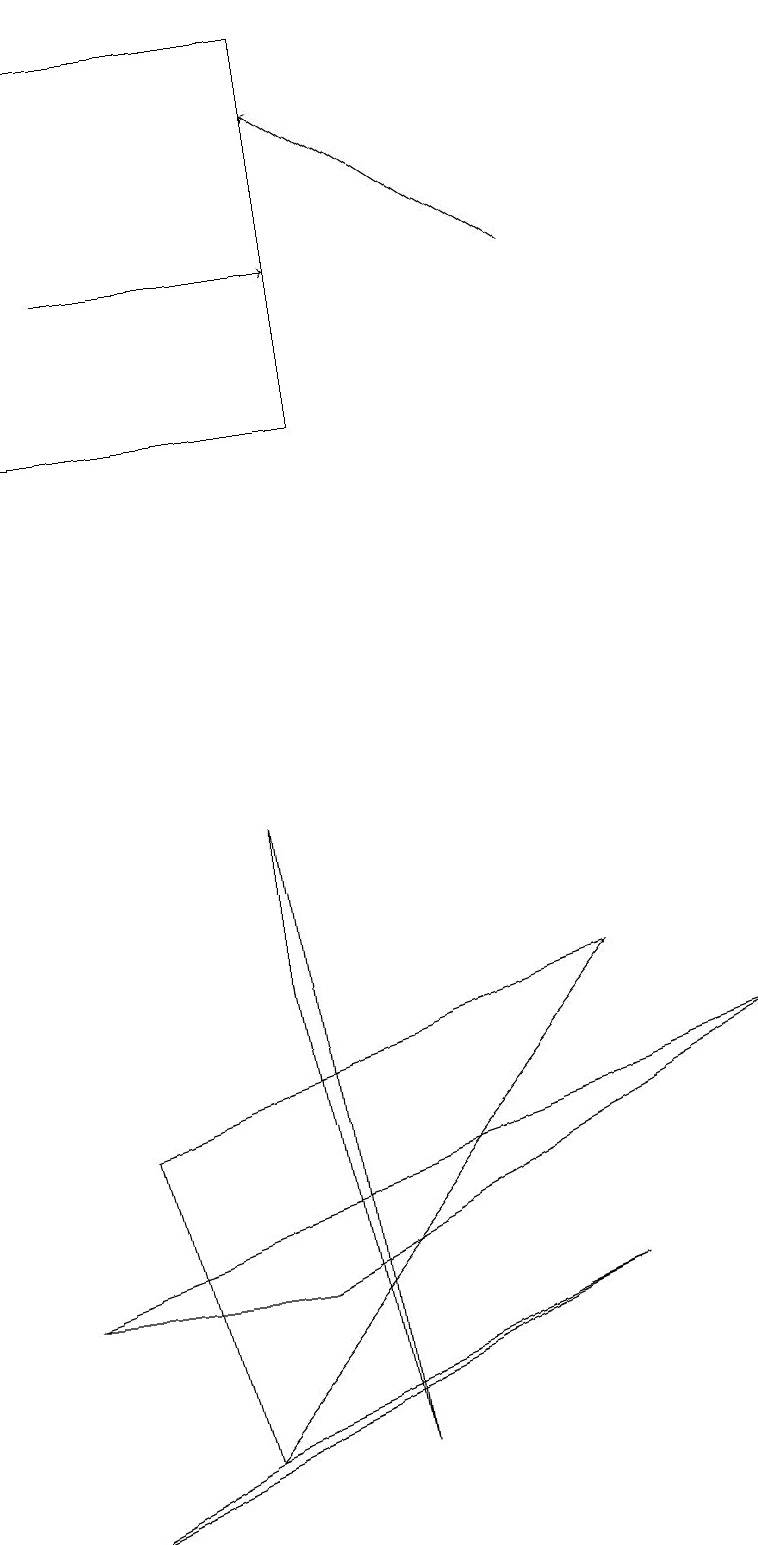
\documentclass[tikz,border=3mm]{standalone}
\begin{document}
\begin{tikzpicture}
\draw[->] (7,16) -- (4,18);
\draw (3,9) -- (4,1) -- (3,7) -- cycle;
\draw (3,3) -- (0,3) -- (9,6) -- cycle;
\draw[->] (1,16) -- (4,16);
\draw (4,14) rectangle (0,19);
\draw (7,3) -- (2,1) -- (0,0) -- cycle;
\draw (1,5) -- (2,1) -- (7,7) -- cycle;
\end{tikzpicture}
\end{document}